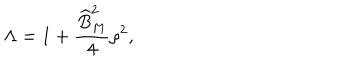
LaTeX: \Lambda = 1 + \frac { \widehat { B } _ { M } ^ { 2 } } { 4 } \rho ^ { 2 } ,